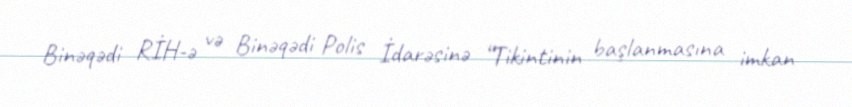
Binəqədi RİH-ə və Binəqədi Polis İdarəsinə “Tikintinin başlanmasına imkan